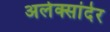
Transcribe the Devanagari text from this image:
अलेक्सांदेर